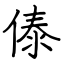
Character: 傣